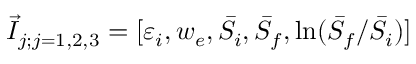
\vec { I } _ { j ; j = 1 , 2 , 3 } = [ \varepsilon _ { i } , w _ { e } , \bar { S } _ { i } , \bar { S } _ { f } , \mathrm { l n } ( \bar { S } _ { f } / \bar { S } _ { i } ) ]